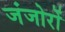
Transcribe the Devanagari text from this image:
जंजोरों